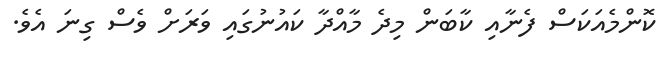
ކޮންމެއަކަސް ފެނާއި ކާބަން މިދެ މާއްދާ ކައުނުގައި ވަރަށް ވެސް ގިނަ އެވެ.